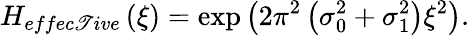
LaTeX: H_{effec\mathscr{T}ive}\left(\xi\right)=\exp\left(2\pi^{2}\left(\sigma_{0}^{2}+\sigma_{1}^{2}\right)\xi^{2}\right).